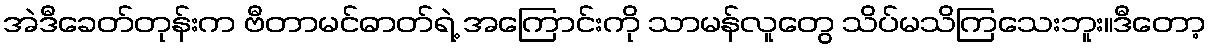
အဲဒီခေတ်တုန်းက ဗီတာမင်ဓာတ်ရဲ့ အကြောင်းကို သာမန်လူတွေ သိပ်မသိကြသေးဘူး။ဒီတော့